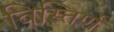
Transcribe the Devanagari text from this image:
विस्तिर्ण